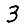
Digit: 3